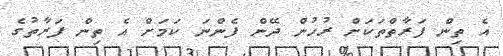
އެ ތިން ފަރާތްތަކަށް ރުހުން ދޭން ފެންނަ ކަމަށް އެ ތިން ފަރާތުގެ